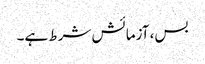
بس، آزمائش شرط ہے۔